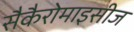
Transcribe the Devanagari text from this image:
सैकैरोमाइसीज